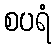
စပရံ